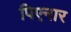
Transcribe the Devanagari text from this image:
पिएनार